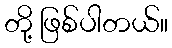
တို့ ဖြစ်ပါတယ်။